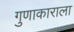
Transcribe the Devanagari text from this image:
गुणाकाराला